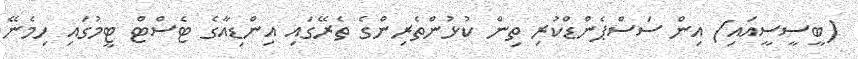
(ބީސީސީއައި) އިން ސަސްޕެންޑްކުރި ތިން ކުޅުންތެރިންގެ ތެރޭގައި އިންޑިއާގެ ޓެސްޓް ޓީމުގައި ހިމެނޭ